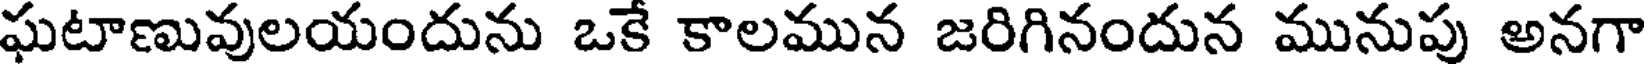
ఘటాణువులయందును ఒకే కాలమున జరిగినందున మునుపు అనగా